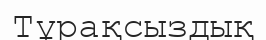
Тұрақсыздық